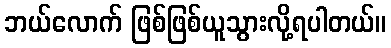
ဘယ်လောက် ဖြစ်ဖြစ်ယူသွားလို့ရပါတယ်။